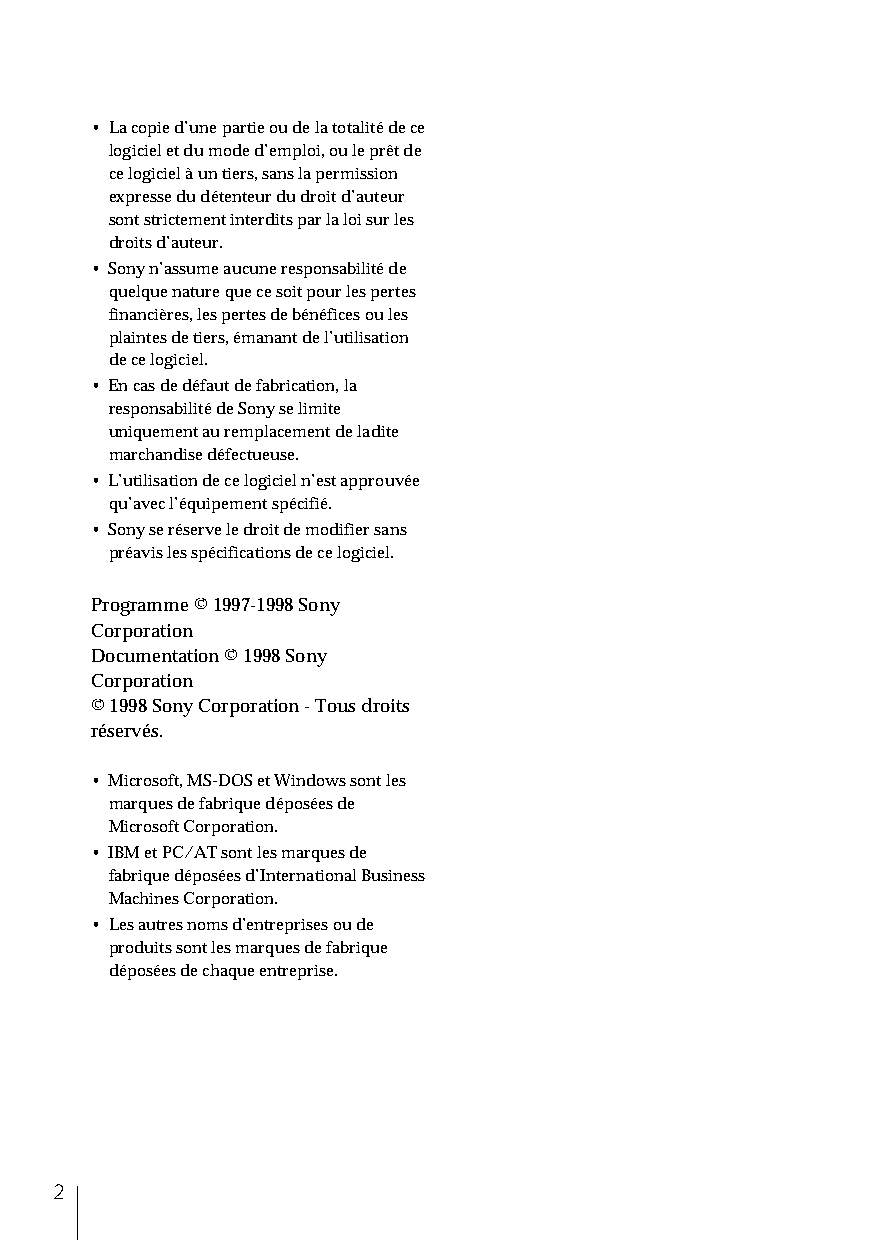
• La copie d’une partie ou de la totalité de ce
 logiciel et du mode d’emploi, ou le prêt de
 ce logiciel à un tiers, sans la permission
 expresse du détenteur du droit d’auteur
 sont strictement interdits par la loi sur les
 droits d’auteur.
 • Sony n’assume aucune responsabilité de
 quelque nature que ce soit pour les pertes
 financières, les pertes de bénéfices ou les
 plaintes de tiers, émanant de l’utilisation
 de ce logiciel.
 • En cas de défaut de fabrication, la
 responsabilité de Sony se limite
 uniquement au remplacement de ladite
 marchandise défectueuse.
 • L’utilisation de ce logiciel n’est approuvée
 qu’avec l’équipement spécifié.
 • Sony se réserve le droit de modifier sans
 préavis les spécifications de ce logiciel.
 Programme © 1997-1998 Sony
 Corporation
 Documentation © 1998 Sony
 Corporation
 © 1998 Sony Corporation - Tous droits
 réservés.
 • Microsoft, MS-DOS et Windows sont les
 marques de fabrique déposées de
 Microsoft Corporation.
 • IBM et PC/AT sont les marques de
 fabrique déposées d’International Business
 Machines Corporation.
 • Les autres noms d’entreprises ou de
 produits sont les marques de fabrique
 déposées de chaque entreprise.
 2